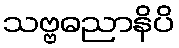
သဗ္ဗဓညာနိပိ